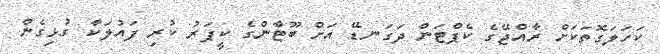
ކަހަލަގޮތަކަށް ރާއްޖޭގެ ކެޕްޓަން ދަގަނޑޭ އަށް ބޫޓާންގެ ކީޕަރު ކުރި ފައުލަކާ ގުޅިގެން